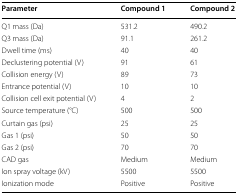
<table><thead><tr><td><b>Parameter</b></td><td><b>Compound 1</b></td><td><b>Compound 2</b></td></tr></thead><tbody><tr><td>Q1 mass (Da)</td><td>531.2</td><td>490.2</td></tr><tr><td>Q3 mass (Da)</td><td>91.1</td><td>261.2</td></tr><tr><td>Dwell time (ms)</td><td>40</td><td>40</td></tr><tr><td>Declustering potential (V)</td><td>91</td><td>61</td></tr><tr><td>Collision energy (V)</td><td>89</td><td>73</td></tr><tr><td>Entrance potential (V)</td><td>10</td><td>10</td></tr><tr><td>Collision cell exit potential (V)</td><td>4</td><td>2</td></tr><tr><td>Source temperature (°C)</td><td>500</td><td>500</td></tr><tr><td>Curtain gas (psi)</td><td>25</td><td>25</td></tr><tr><td>Gas 1 (psi)</td><td>50</td><td>50</td></tr><tr><td>Gas 2 (psi)</td><td>70</td><td>70</td></tr><tr><td>CAD gas</td><td>Medium</td><td>Medium</td></tr><tr><td>Ion spray voltage (kV)</td><td>5500</td><td>5500</td></tr><tr><td>Ionization mode</td><td>Positive</td><td>Positive</td></tr></tbody></table>